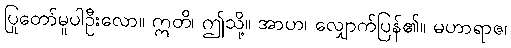
ပြုတော်မူပါဦးလော။ ဣတိ၊ ဤသို့။ အာဟ၊ လျှောက်ပြန်၏။ မဟာရာဇ၊